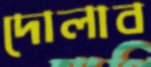
দোলাব